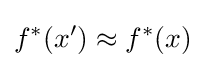
f^{*}(x')\approx f^{*}(x)